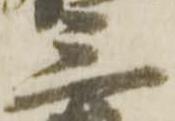
三